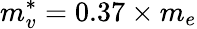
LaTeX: m_{v}^{*}=0.37\times m_{e}